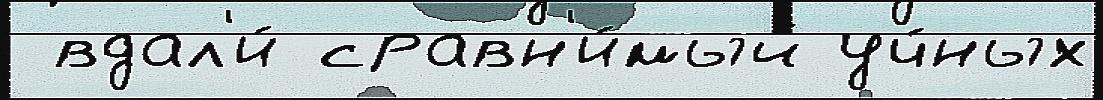
 вдал'и́ сравн'и́мый уч́ных